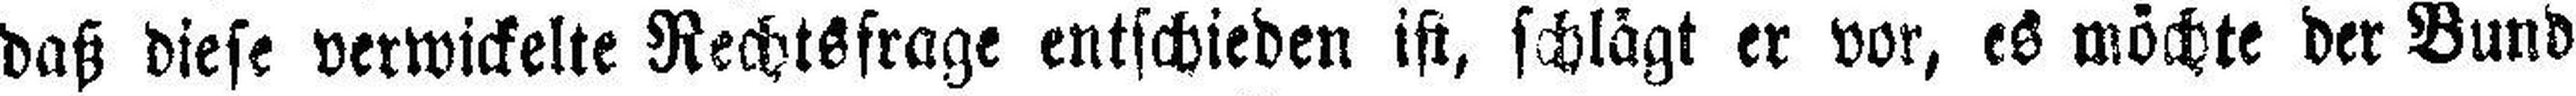
daß diese verwickelte Rechtsfrage entschieden ist, schlägt er vor, es möchte der Bund